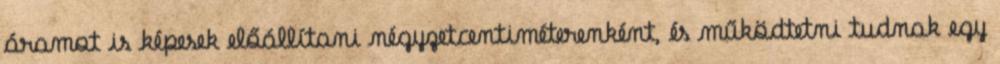
áramot is képesek előállítani négyzetcentiméterenként, és működtetni tudnak egy